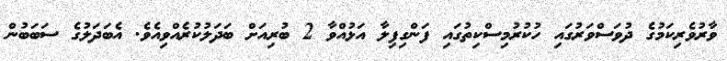
ވާރުވެރިކަމުގެ ދުވަސްވަރުގައި ހުކުރުމިސްކިތުގައި ފަންގިފިލާ އަޅުއްވާ 2 ބުރިއަށް ބަދަލުކުރެއްވިއެވެ. އެބަދަލުގެ ސަބަބުން